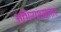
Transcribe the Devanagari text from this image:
अभिनयाखातर